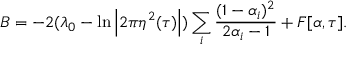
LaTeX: B = - 2 ( \lambda _ { 0 } - \ln \left| 2 \pi \eta ^ { 2 } ( \tau ) \right| ) \sum _ { i } \frac { ( 1 - \alpha _ { i } ) ^ { 2 } } { 2 \alpha _ { i } - 1 } + F [ \alpha , \tau ] .